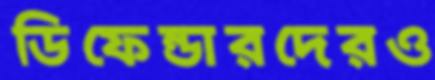
ডিফেন্ডারদেরও